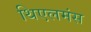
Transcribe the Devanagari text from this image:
थिएलमंस